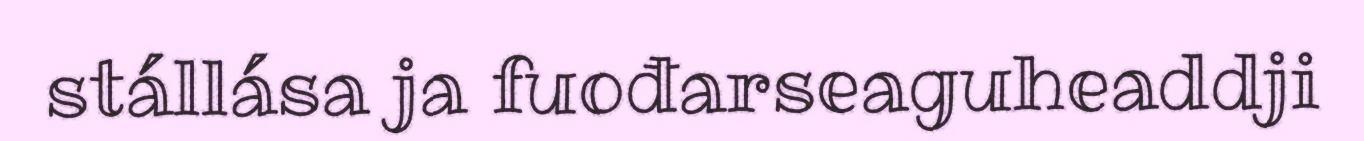
stállása ja fuođarseaguheaddji